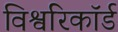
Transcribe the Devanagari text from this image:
विश्वरिकॉर्ड